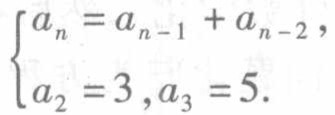
$\begin{cases}
a_{n}=a_{n - 1}+a_{n - 2},\\
a_{2}=3,a_{3}=5.
\end{cases}$